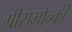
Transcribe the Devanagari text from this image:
ग्रीसमोन्की